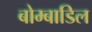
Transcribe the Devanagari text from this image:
बोम्बाडिल